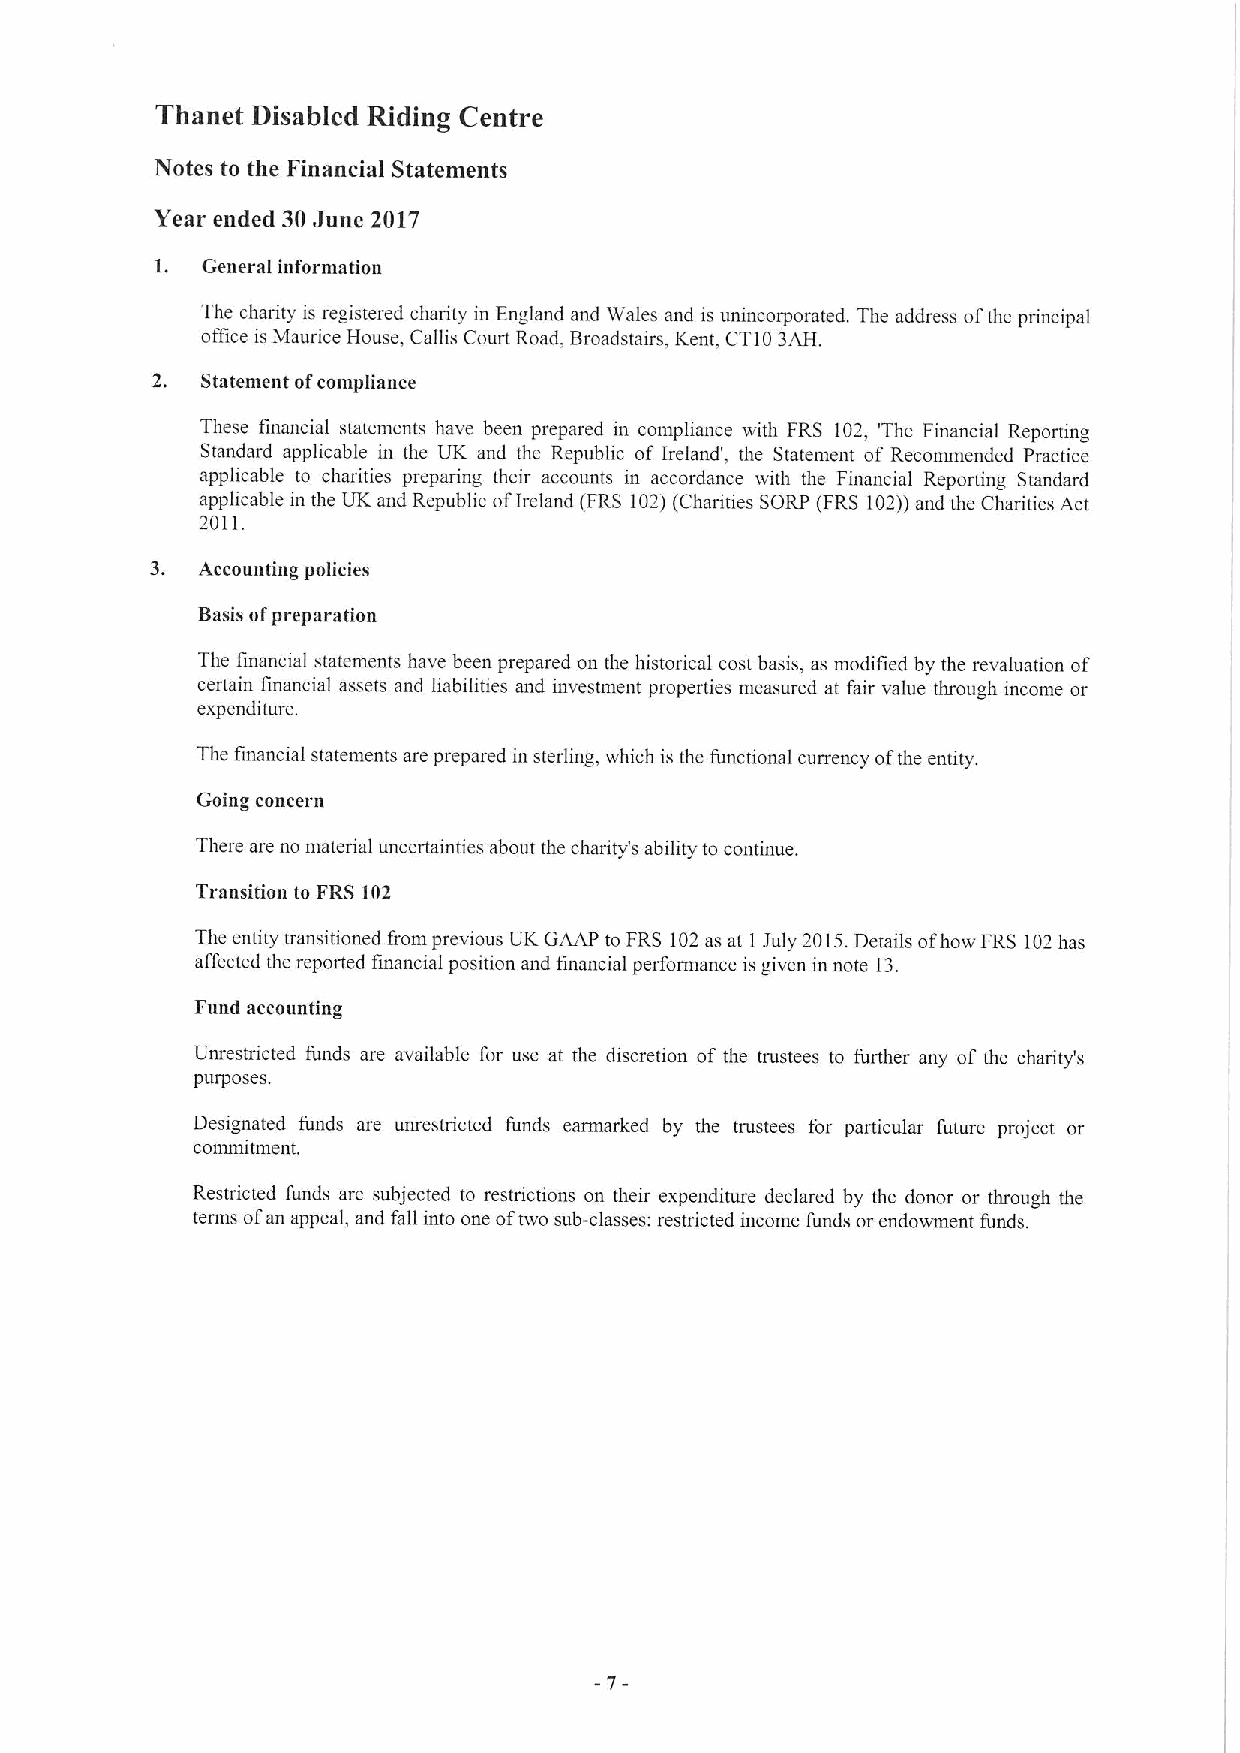
Thanet Disabled Riding Centre
 Notes to the Financial Statements
 Year ended 30June 2017
 1. Ceneral information
 The charity is registered charity in England and Wales and is unincorporated. The address ofthe principal
 office is Maurice House, Callis Court Road, Broadstairs, Kent, CT103AH.
 2. Statement ofcompliance
 These financial statements have been prepared in compliance with FRS 102, 'The Financial Reporting
 Standard applicable in the UK and the Republic of Ireland', the Statement of Recommended Practice
 apphcable to charities preparing their accounts in accordance with the Financial Reporting Standard
 applicable in the UK and Republic ofIreland (FRS 102)(Charities SORP (FRS 102))and the Charities Act
 2011.
 3. Accounting policies
 Basis ofpreparation
 The financial statements have been prepared on the historical cost basis, as modified by the revaluation of
 certain financial assets and liabilities and investment properties measured at fair value through income or
 expenditure.
 The financial statements are prepared in sterling, which is the functional currency ofthe entity.
 Coing concern
 There are no material uncertainties about the charity's ability to continue.
 Transition to FRS 102
 The entity transitioned from previous UK GAAP to FRS 102as at I July 2015.Details ofhow FRS 102has
 affected the reported financial position and financial performance is given in note 13.
 Fund accounting
 Unrestricted funds are available for use at the discretion of the trustees to further any of the charity's
 purposes.
 Designated funds are unrestricted funds earmarked by the trustees for particular future project or
 commitment.
 Restricted funds are subjected to restrictions on their expenditure declared by the donor or through the
 terms ofan appeal, and fall into one oftwo sub-classes: restricted income funds or endowment funds.